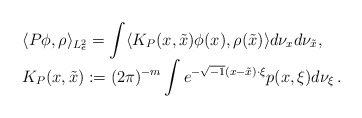
\begin{align*}\begin{array}{l}\displaystyle\langle P\phi,\rho\rangle_{{L_e^2}}=\int\langle K_P(x,\tilde x)\phi(x),\rho(\tilde x)\rangle d\nu_xd\nu_{\tilde x},\\\displaystyle K_P(x,\tilde x):=(2\pi)^{-m}\int e^{-\sqrt{-1}(x-\tilde x)\cdot\xi}p(x,\xi)d\nu_\xi\,.\end{array}\end{align*}